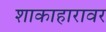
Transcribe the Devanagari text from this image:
शाकाहारावर